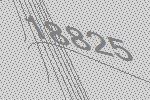
18825